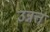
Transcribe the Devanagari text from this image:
उन्नत्त